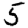
Digit: 5